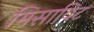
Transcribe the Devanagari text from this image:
मिसाविट